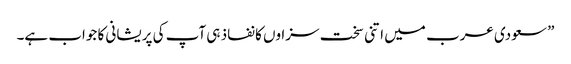
” سعودی عرب میں اتنی سخت سزاوں کا نفاذ ہی آپ کی پریشانی کا جواب ہے۔